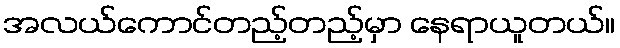
အလယ်ကောင်တည့်တည့်မှာ နေရာယူတယ်။